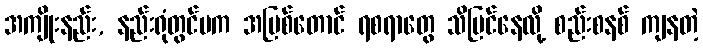
အကျိုးနည်း, နည်းရုံတွင်မက အပြစ်တောင် ရစရာတွေ သိမြင်နေလို့ စည်းစနစ် ကျနတဲ့